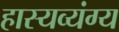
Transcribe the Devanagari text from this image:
हास्यव्यंग्य